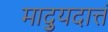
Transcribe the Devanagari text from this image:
माद्युदात्तं